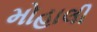
મોહાલી